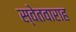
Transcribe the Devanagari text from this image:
स्वेतवाराह